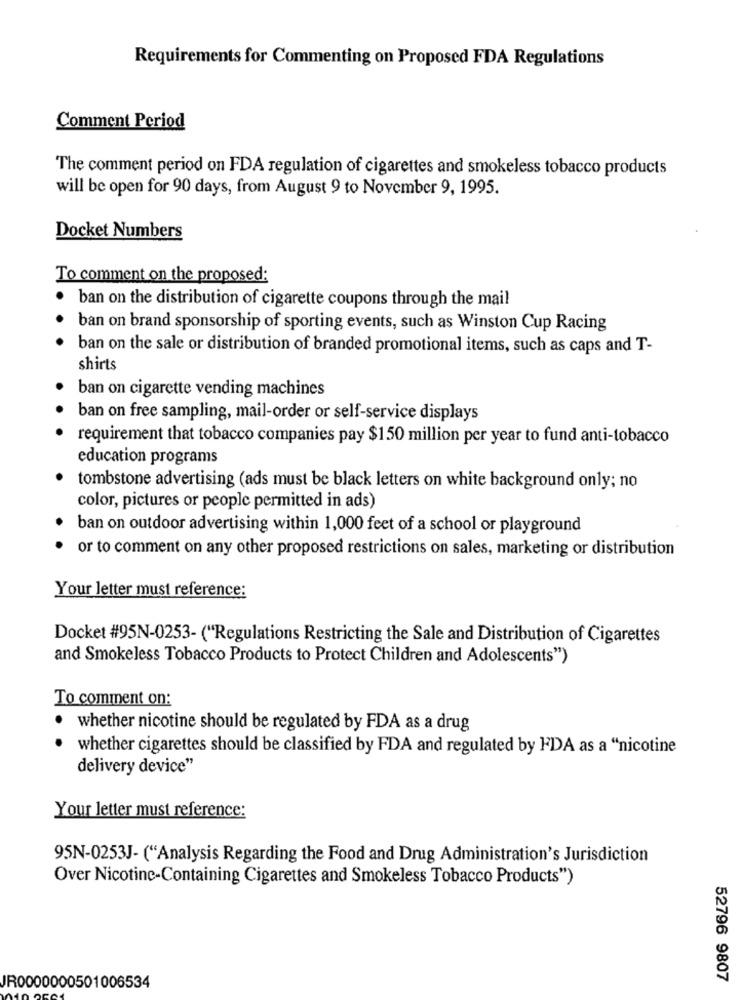
Requirements for Commenting on Proposed FDA Regulations
Comment Period
The comment period on FDA regulation of cigarettes and smokeless tobacco products
will be open for 90 days, from August 9 to November 9, 1995.
Docket Numbers
To comment on the proposed:
ban on the distribution of cigarette coupons through the mail
ban on brand sponsorship of sporting events, such as Winston Cup Racing
ban on the sale or distribution of branded promotional items, such as caps and T-
shirts
ban on cigarette vending machines
ban on free sampling, mail-order or self-service displays
requirement that tobacco companies pay $150 million per year to fund anti-tobacco
education programs
tombstone advertising (ads must be black letters on white background only; no
color, pictures or people permitted in ads)
ban on outdoor advertising within 1,000 feet of a school or playground
or to comment on any other proposed restrictions on sales, marketing or distribution
Your letter must reference:
Docket #95N-0253- ("Regulations Restricting the Sale and Distribution of Cigarettes
and Smokeless Tobacco Products to Protect Children and Adolescents")
To comment on:
whether nicotine should be regulated by FDA as a drug
whether cigarettes should be classified by FDA and regulated by FDA as a "nicotine
delivery device"
Your letter must reference:
95N-0253J- ("Analysis Regarding the Food and Drug Administration's Jurisdiction
Over Nicotine-Containing Cigarettes and Smokeless Tobacco Products")
52796 9807
JR0000000501006534